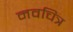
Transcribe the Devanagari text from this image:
नवचित्र